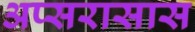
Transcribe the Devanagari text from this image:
अप्सरासास